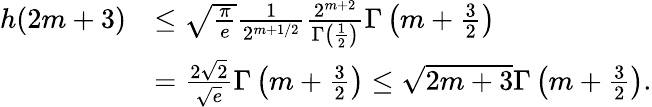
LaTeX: \begin{array}{rl}{h(2m+3)}&{\leq\sqrt{\frac{\pi}{e}}\frac{1}{2^{m+1/2}}\frac{2^{m+2}}{\Gamma\left(\frac{1}{2}\right)}\Gamma\left(m+\frac{3}{2}\right)}\\ &{=\frac{2\sqrt{2}}{\sqrt{e}}\Gamma\left(m+\frac{3}{2}\right)\leq\sqrt{2m+3}\Gamma\left(m+\frac{3}{2}\right).}\end{array}